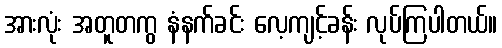
အားလုံး အတူတကွ နံနက်ခင်း လေ့ကျင့်ခန်း လုပ်ကြပါတယ်။